Vana-Kasaritsa_(Kasaritsa)_vallavalitsus, lk 27
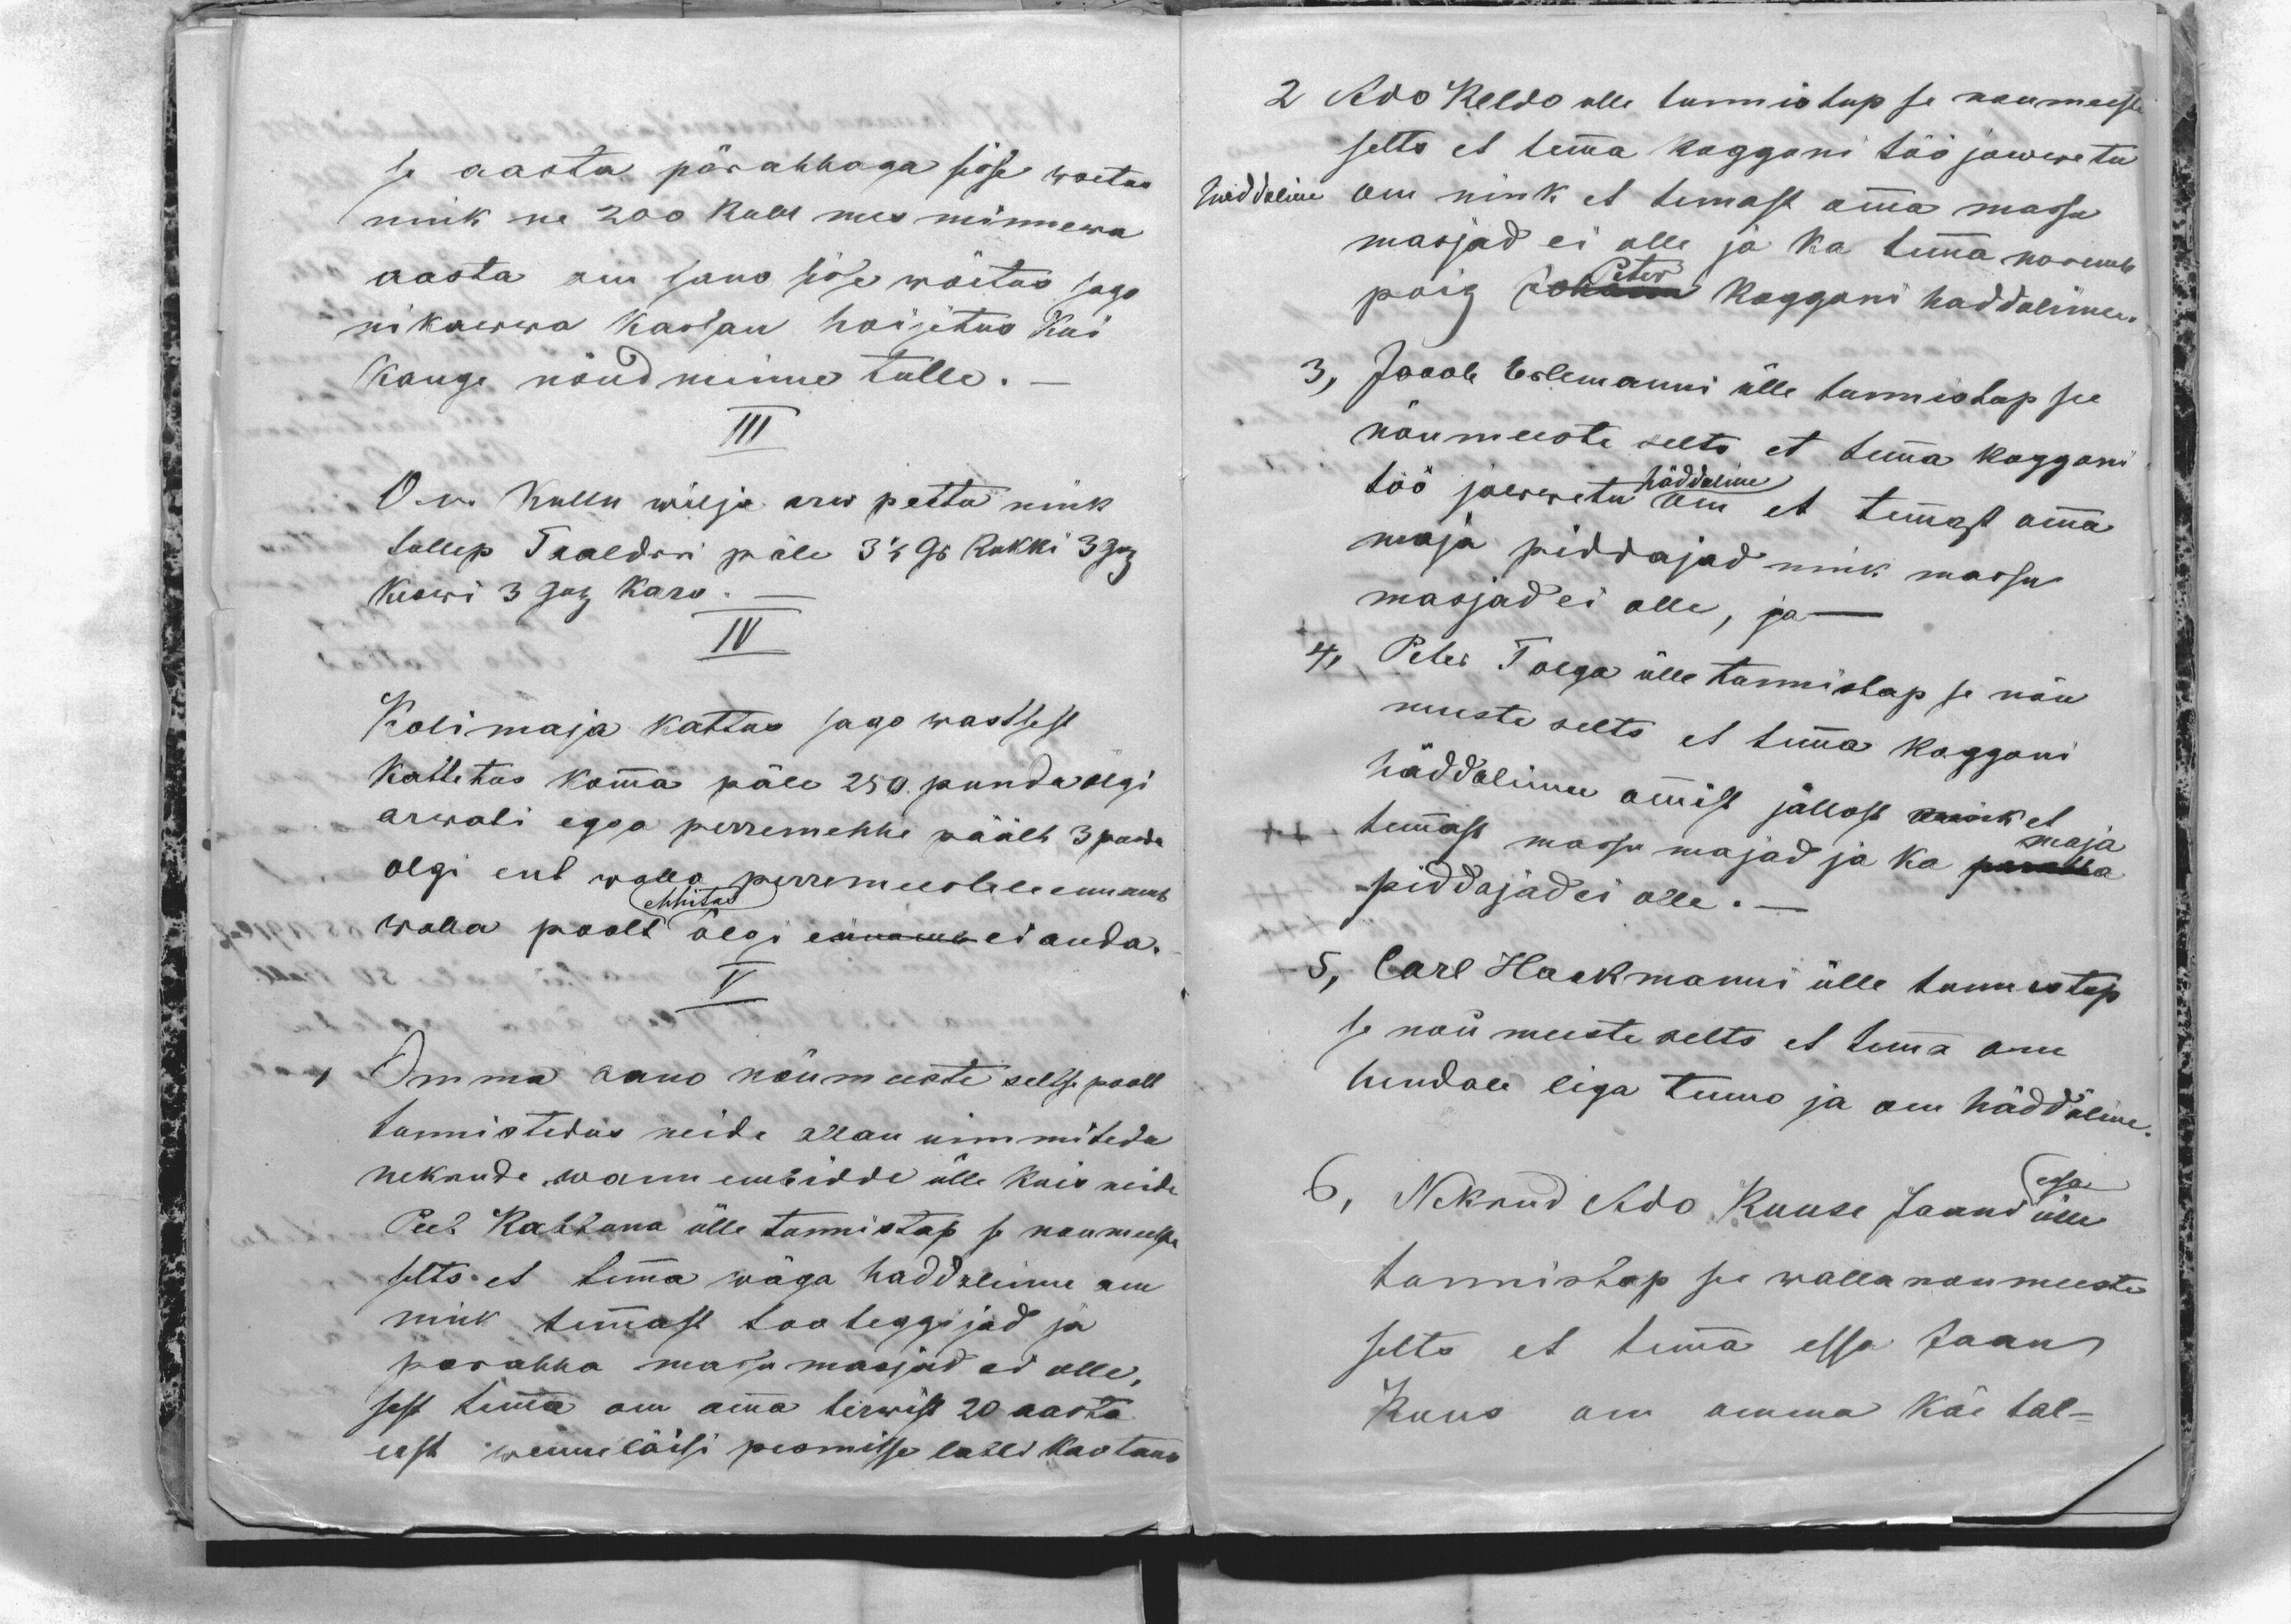
se aasta pärahhaga sisse woetas
nink ne 200 Rubl mes minnewa
aasta om sano sisse wõetas sago
nikawwa kassan hoijetus kui
kange nõudminne tulle. -
III
Om Kullu wilja arw pettu nink
tullep Taaldri päle 3 1/2 Gr Rukki 3 Grj
keswi 3 Grj karo.-
IV
Kolimaja kattus sago wastsest
Kattetus komma päle 250 puuda olgi
arwati egga perremehhe päält 3 puuda
olgi ent walla perremeestele ennamb
ehhitus
walla poolt õlgi ennamb ei anda.
V
1 Omma sano nõumeeste seltsi poolt
tunnistedas neide allan nimmitedu
nekrude wannembidde ülle kuis neide
Peeb Kabbuna ülle tunnistap se noumeeste
selts et temma wäga haddalinne om
nink temmast tooteggijad ja
parahha massu masjad ei olle,
sest temma om omma terwist 20 aasta
eest wenneläisi pesmisse labbi kaotano

2 Ado Keldo ulle tunnistap se noumeeste
selts et temma koggoni töö jowwetu
haddaline om nink et temast omma massu
masjad ei olle ja ka temma noremb
poig Johann koggoni haddalinne.
Peter
3, Jacob Erlemanni ülle tunnistap see
nõumeeste selts et temma koggoni
töö jowwetu om et temmast omma
häddaline
maja piddajad nink massu
masjad ei olle, ja -
4, Peter Tolga ülle tunnistap se nõu
meeste selts et temma koggoni
häddalinne ommist jällost nink et
temmast massu majad ja ka parahha
maja
piddajad ei olle. _
5, Carl Hackmanni ülle tunnistap
se nõumeeste selts et temma om
hendale liga tenno ja om häddaline.
6, Nekrud Ado Kuuse Jaani ülle
essa
tunnistap see walla noumeeste
selts et temma essa Jaan
Kuus om omma käe tal-